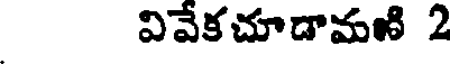
వివేకచూడామణి 2